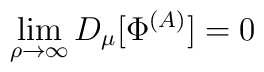
\lim_{\rho \to \infty} D_\mu[\Phi^{(A)}] = 0